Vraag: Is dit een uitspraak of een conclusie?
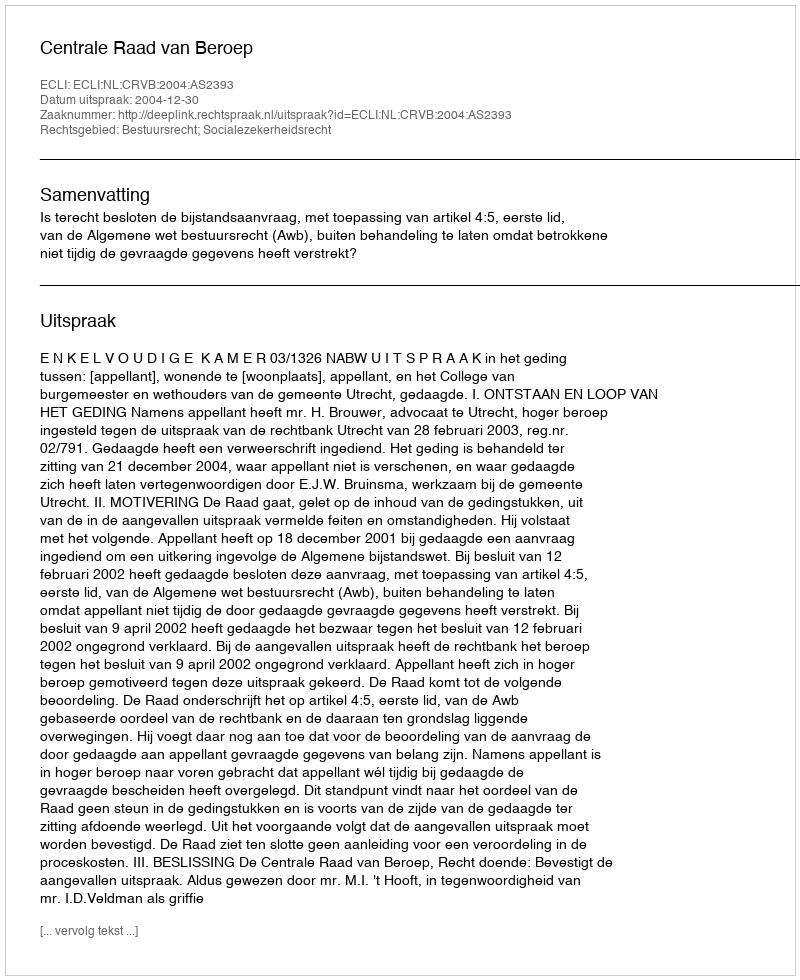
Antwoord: Uitspraak